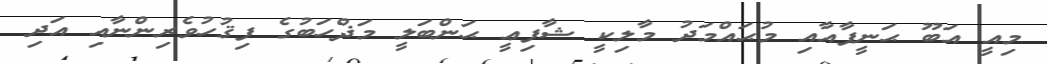
މިއީ އަބޫ ޙަނީފާއާއި މުޙައްމަދު މާލިކީ ޝާފިޢީ ޙަންބަލީ މަޛްހަބުގެ ފިޤުހުވެރިންނާއި އަދި